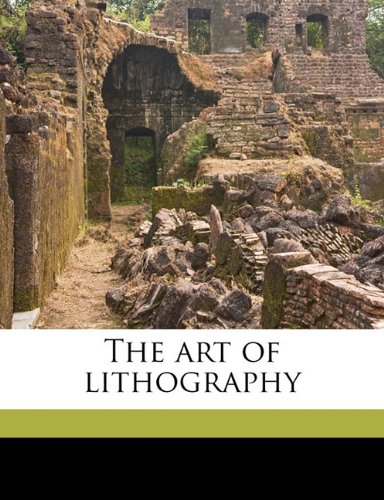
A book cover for The art of lithography; DG Berri; Arts & Photography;